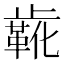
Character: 𬆌